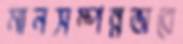
মানসম্পন্নভাবে